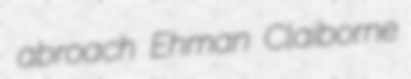
abroach Ehman Claiborne